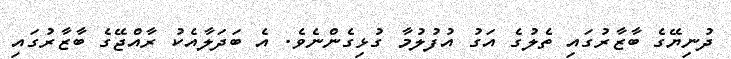
ދުނިޔޭގެ ބާޒާރުގައި ތެލުގެ އަގު އުފުލުމާ ގުޅިގެންނެވެ. އެ ބަދަލާއެކު ރާއްޖޭގެ ބާޒާރުގައި